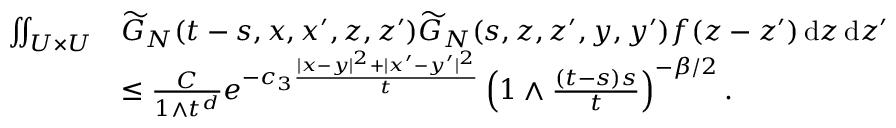
\begin{array} { r l } { \iint _ { U \times U } } & { \widetilde { G } _ { N } ( t - s , x , x ^ { \prime } , z , z ^ { \prime } ) \widetilde { G } _ { N } ( s , z , z ^ { \prime } , y , y ^ { \prime } ) f ( z - z ^ { \prime } ) \, \ensuremath { \mathrm { d } } z \, \ensuremath { \mathrm { d } } z ^ { \prime } } \\ & { \le \frac { C } { 1 \wedge t ^ { d } } e ^ { - c _ { 3 } \frac { | x - y | ^ { 2 } + | x ^ { \prime } - y ^ { \prime } | ^ { 2 } } { t } } \left( 1 \wedge \frac { ( t - s ) s } { t } \right) ^ { - \beta / 2 } . } \end{array}